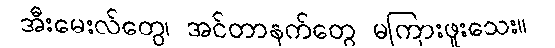
အီးမေးလ်တွေ၊ အင်တာနက်တွေ မကြားဖူးသေး။